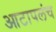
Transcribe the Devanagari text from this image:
आटापलंच